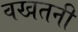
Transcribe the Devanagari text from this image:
वखतनी